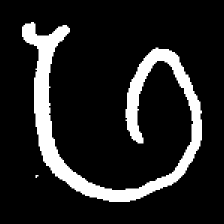
Pyu character \u2014 Myanmar letter: ဖ (romanized: pha)